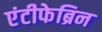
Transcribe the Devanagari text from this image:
एंटीफेब्रिन